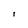
Character: I